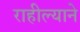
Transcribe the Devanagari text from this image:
राहील्याने